65_HS1-834228961_62-HQ-83894_Section_1
Agency: FBI
Page 95
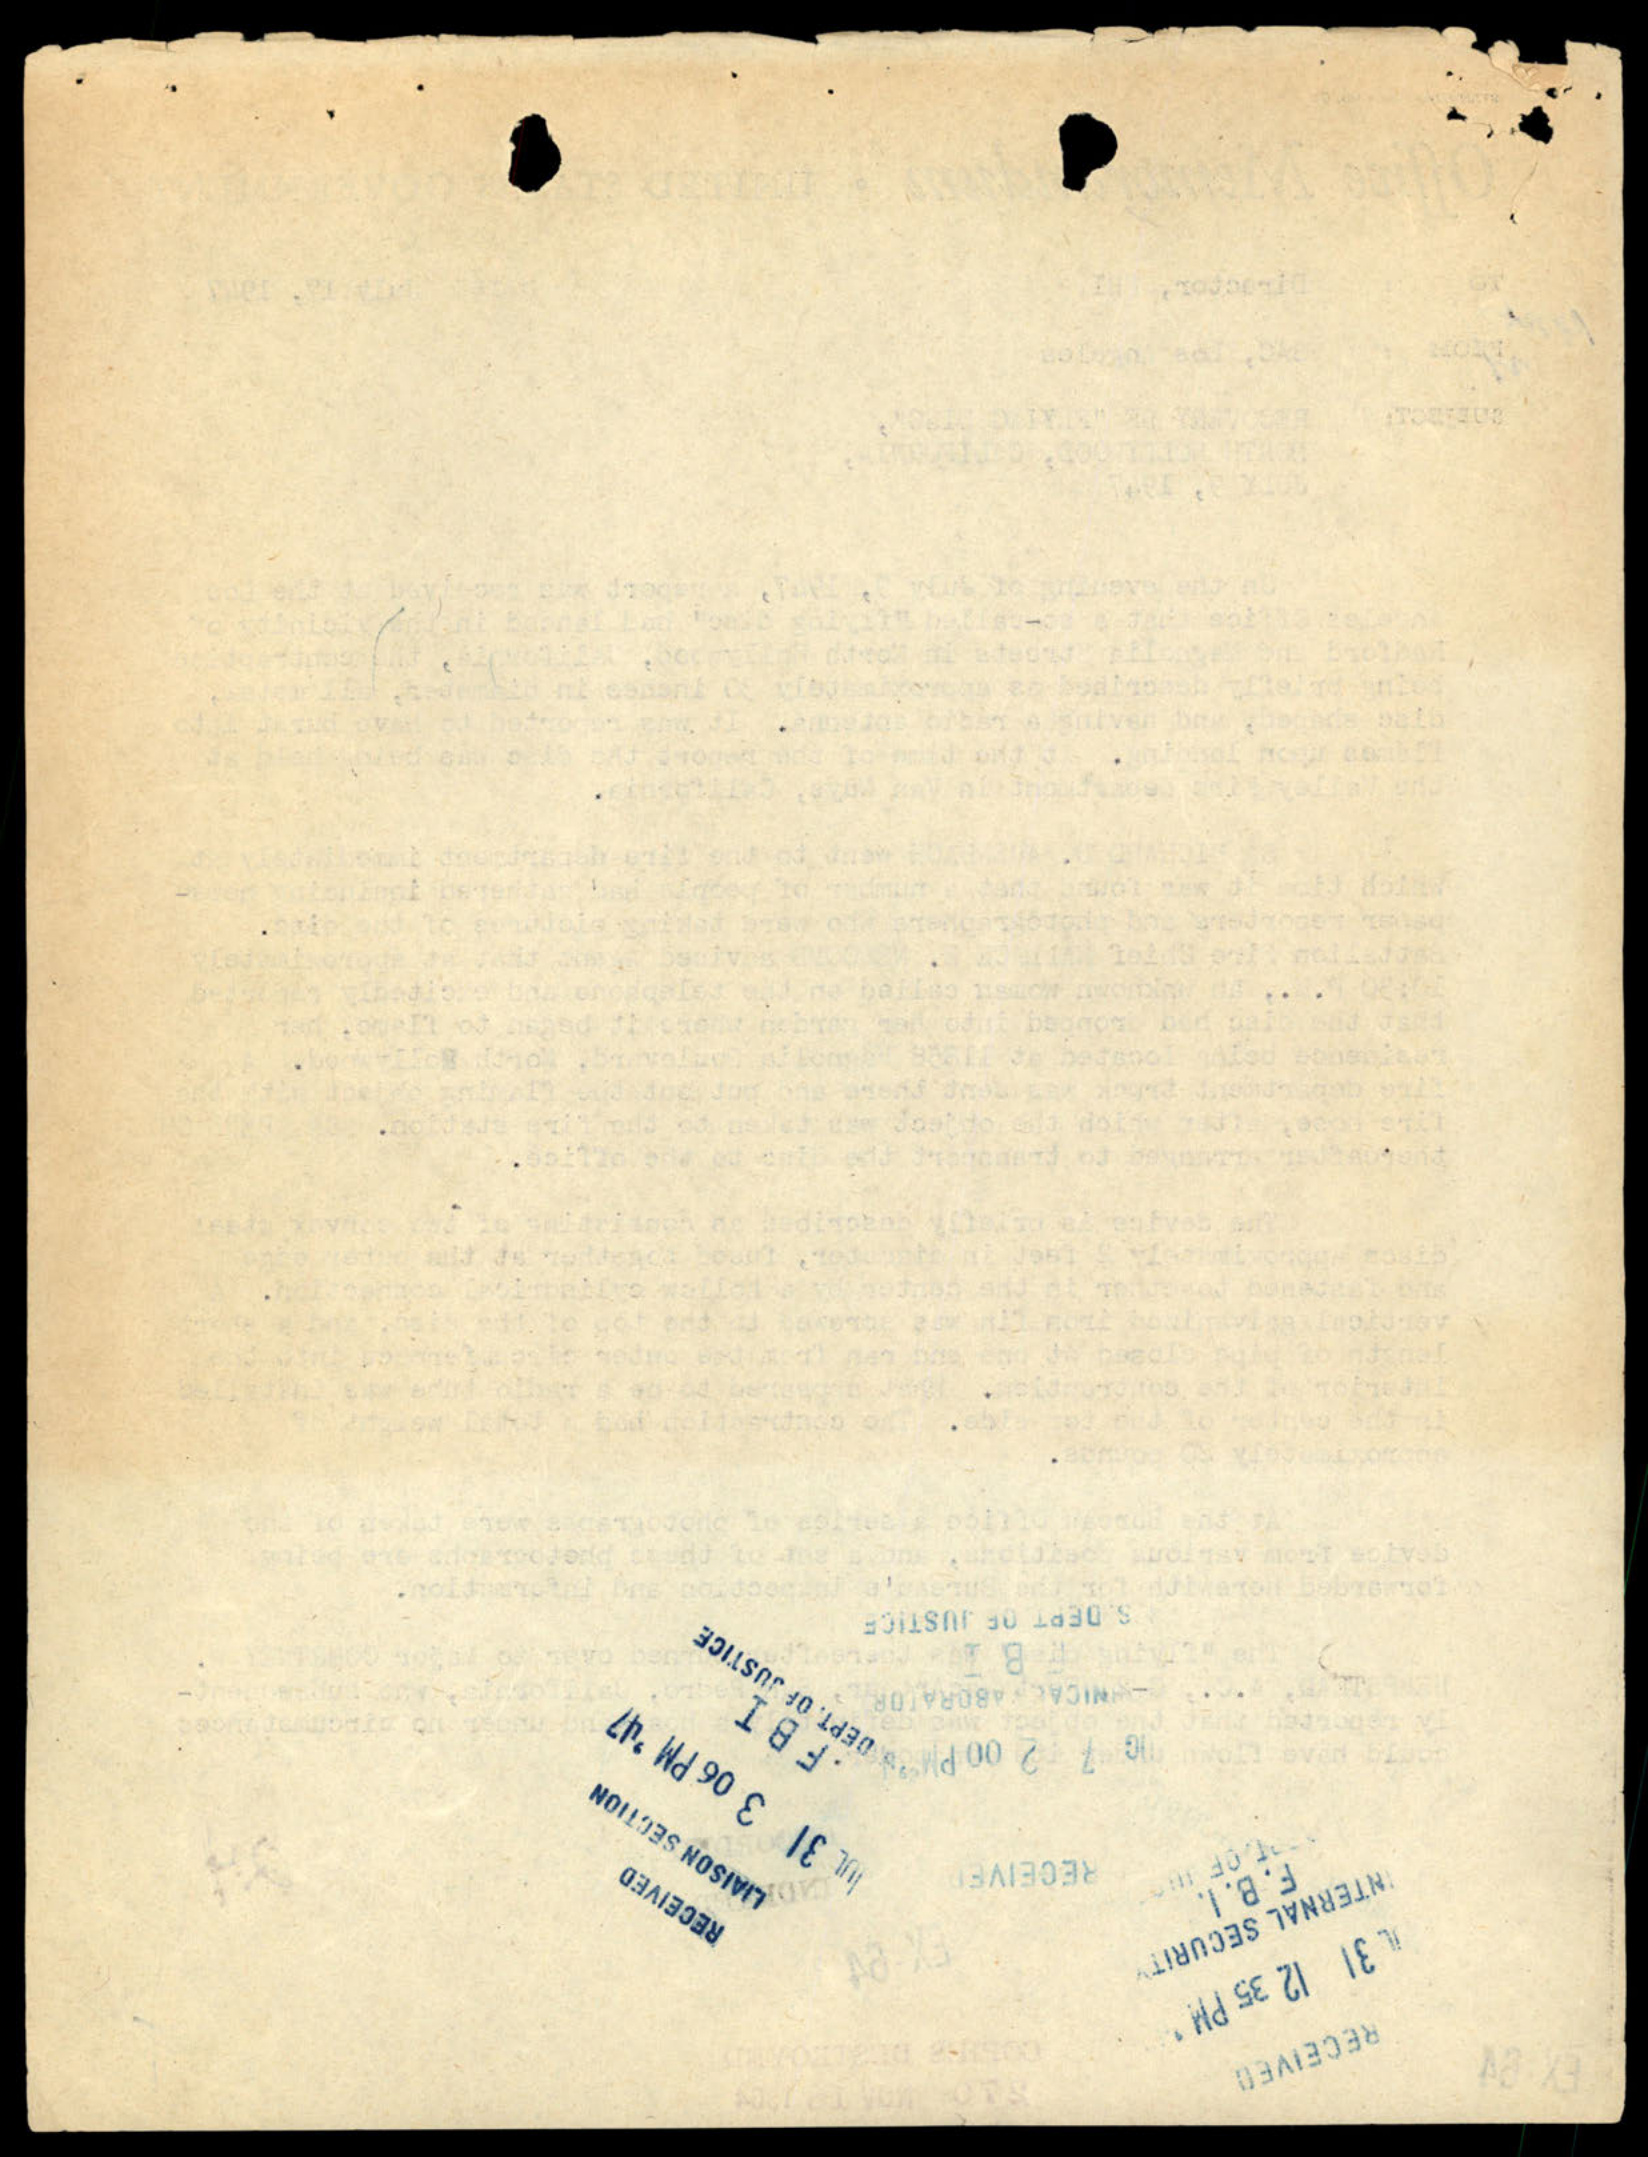